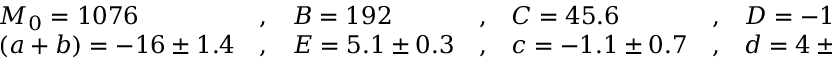
\begin{array} { l c l c l c l } { { M _ { 0 } = 1 0 7 6 } } & { { , } } & { { B = 1 9 2 } } & { { , } } & { { C = 4 5 . 6 } } & { { , } } & { { D = - 1 3 . 8 \pm 0 . 3 } } \\ { { ( a + b ) = - 1 6 \pm 1 . 4 } } & { { , } } & { { E = 5 . 1 \pm 0 . 3 } } & { { , } } & { { c = - 1 . 1 \pm 0 . 7 } } & { { , } } & { { d = 4 \pm 3 } } \end{array}